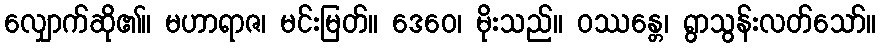
လျှောက်ဆို၏။ မဟာရာဇ၊ မင်းမြတ်။ ဒေဝေ၊ မိုးသည်။ ဝဿန္တေ၊ ရွာသွန်းလတ်သော်။